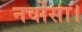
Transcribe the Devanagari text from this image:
नर्वोसा।